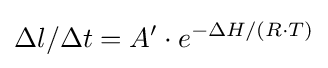
\Delta l/\Delta t=A'\cdot e^{-\Delta H/(R\cdot T)}